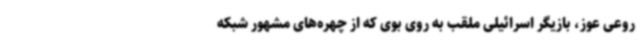
روعی عوز، بازیگر اسرائیلی ملقب به روی بوی که از چهره‌های مشهور شبکه